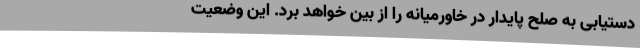
دستیابی به صلح پایدار در خاورمیانه را از بین خواهد برد. این وضعیت